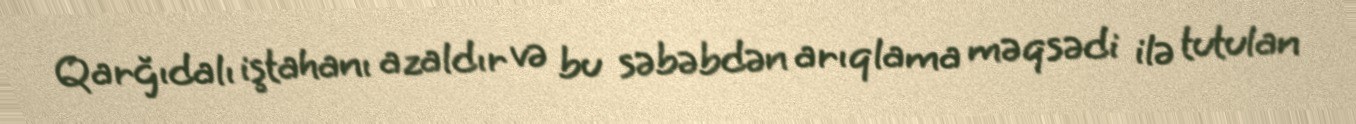
Qarğıdalı iştahanı azaldır və bu səbəbdən arıqlama məqsədi ilə tutulan